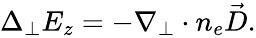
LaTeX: \begin{array}{r}{\Delta_{\perp}E_{z}=-\nabla_{\perp}\cdot n_{e}\vec{D}.}\end{array}